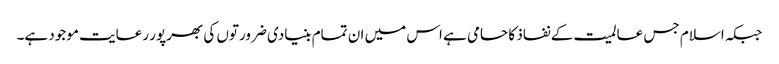
جبکہ اسلام جس عالمیت کے نفاذ کا حامی ہے اس میں ان تمام بنیادی ضرورتوں کی بھرپور رعایت موجود ہے۔